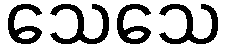
သေသေ